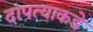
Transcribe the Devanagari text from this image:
दांपत्याकडे